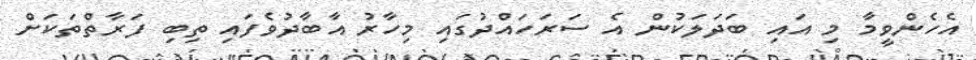
އެހެންވީމާ މި އައި ބަދަލަކުން އެ ސަރަހައްދުގައި މިހާރު އާބާދުވެފައި ތިބި ފަރާތްތަކަށް